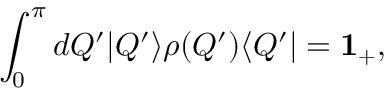
\int _ { 0 } ^ { \pi } d Q ^ { \prime } | Q ^ { \prime } \rangle \rho ( Q ^ { \prime } ) \langle Q ^ { \prime } | = { \bf 1 _ { + } } ,